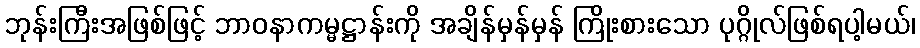
ဘုန်းကြီးအဖြစ်ဖြင့် ဘာဝနာကမ္မဋ္ဌာန်းကို အချိန်မှန်မှန် ကြိုးစားသော ပုဂ္ဂိုလ်ဖြစ်ရပါ့မယ်၊